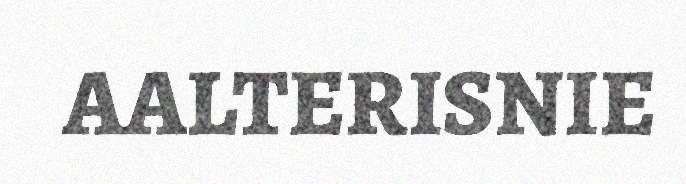
AALTERISNIE